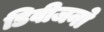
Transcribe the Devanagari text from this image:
डिवीजनो